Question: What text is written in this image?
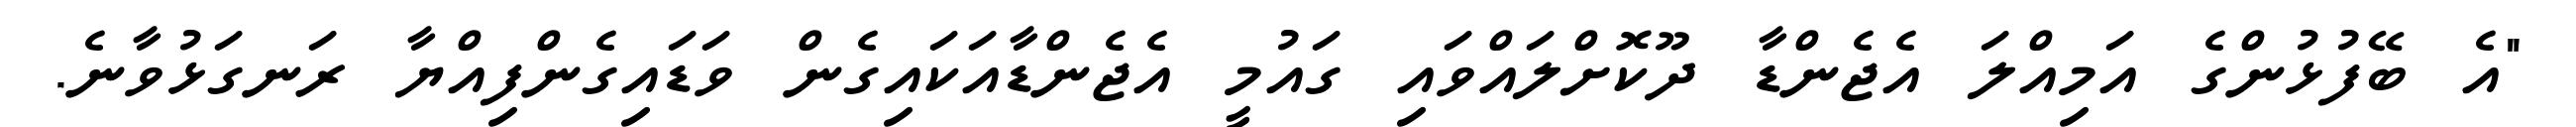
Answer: "އެ ބޭފުޅުންގެ އަމިއްލަ އެޖެންޑާ ދޫކޮށްލައްވައި ގައުމީ އެޖެންޑާއަކައިގެން ވަޑައިގެންފިއްޔާ ރަނގަޅުވާނެ.